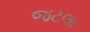
જટલા